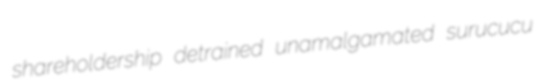
shareholdership detrained unamalgamated surucucu